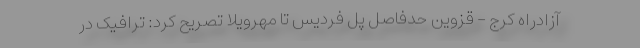
آزادراه کرج - قزوین حدفاصل پل فردیس تا مهرویلا تصریح کرد: ترافیک در